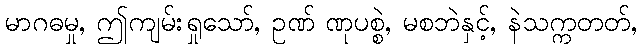
မာဂဓမှု, ဤကျမ်းရှုသော်, ဥဏ် ဏုပစ္စဲ, မစဘဲနှင့်, နဲသက္ကတတ်,